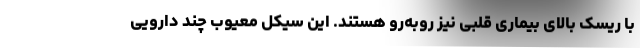
با ریسک بالای بیماری قلبی نیز روبه‌رو هستند. این سیکل معیوب چند دارویی